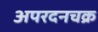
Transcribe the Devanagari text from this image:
अपरदनचक्र